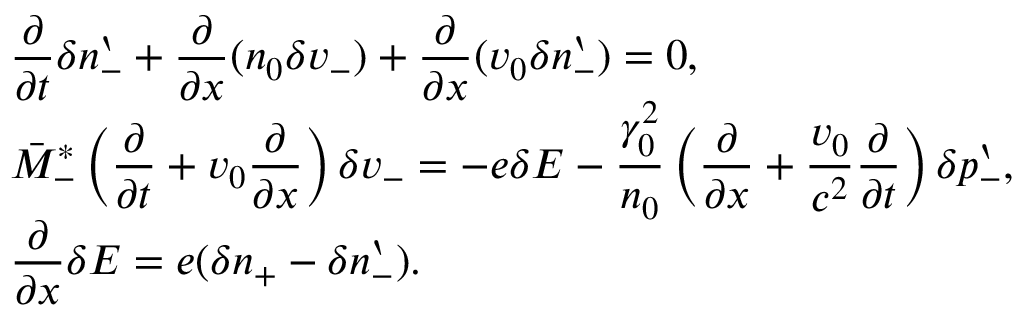
\begin{array} { r l } & { \displaystyle \frac { \partial } { \partial t } \delta n _ { - } ^ { \backprime } + \frac { \partial } { \partial x } ( n _ { 0 } \delta v _ { - } ) + \frac { \partial } { \partial x } ( v _ { 0 } \delta n _ { - } ^ { \backprime } ) = 0 , } \\ & { \displaystyle \bar { M } _ { - } ^ { \ast } \left( \frac { \partial } { \partial t } + v _ { 0 } \frac { \partial } { \partial x } \right) \delta v _ { - } = - e \delta E - \frac { \gamma _ { 0 } ^ { 2 } } { n _ { 0 } } \left( \frac { \partial } { \partial x } + \frac { v _ { 0 } } { c ^ { 2 } } \frac { \partial } { \partial t } \right) \delta p _ { - } ^ { \backprime } , } \\ & { \displaystyle \frac { \partial } { \partial x } \delta E = e ( \delta n _ { + } - \delta n _ { - } ^ { \backprime } ) . } \end{array}